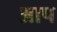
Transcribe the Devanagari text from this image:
अाप